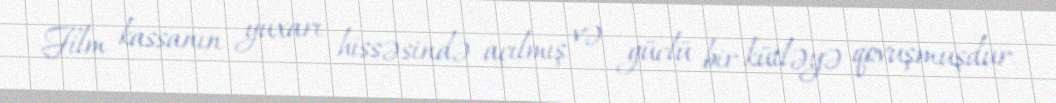
Film kassanın yuxarı hissəsində açılmış və güclü bir kütləyə qovuşmuşdur.